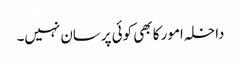
داخلہ امور کا بھی کوئی پرسان نہیں۔